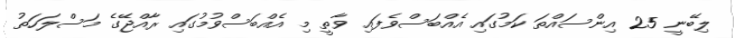
ލިބޭނީ 25 އިންސައްތަ ކަމުގައި އެއްބަސްވެފައި ވާތީ މި އެއްބަސްވުމުގައި ރާއްޖޭގެ މަސްލަހަތު